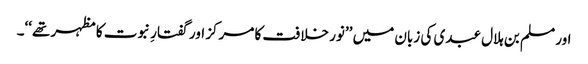
اور مسلم بن ہلال عبدی کی زبان میں ’’نور خلافت کا مرکز اور گفتارِ نبوت کا مظہر تھے‘‘۔